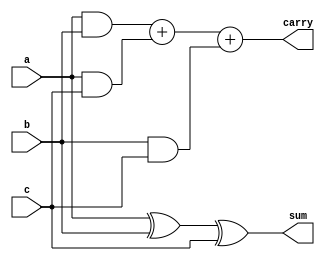
`timescale 1ns / 1ps
//////////////////////////////////////////////////////////////////////////////////
// Company: 
// Engineer: 
// 
// Design Name: 
// Module Name:    full_add 
// Project Name: 
// Target Devices: 
// Tool versions: 
// Description: 
//
// Dependencies: 
//
// Revision: 
// Revision 0.01 - File Created
// Additional Comments: 
//
//////////////////////////////////////////////////////////////////////////////////
module full_add(a,b,c,sum,carry);
input a,b,c;
output reg sum,carry;
always@(a,b,c)
begin
	sum=a^b^c;
	carry=(a&b)+(a&c)+(b&c);
end
endmodule